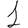
Digit: 1